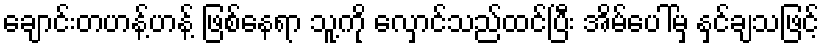
ချောင်းတဟန့်ဟန့် ဖြစ်နေရာ သူ့ကို လှောင်သည်ထင်ပြီး အိမ်ပေါ်မှ နှင်ချသဖြင့်